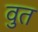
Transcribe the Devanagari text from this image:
वुत